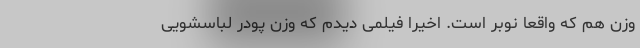
وزن هم که واقعاً نوبر است. اخیراً فیلمی دیدم که وزن پودر لباسشویی